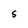
Character: S